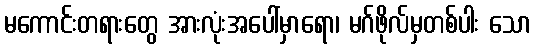
မကောင်းတရားတွေ အားလုံးအပေါ်မှာရော၊ မဂ်ဖိုလ်မှတစ်ပါး သော